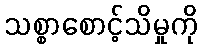
သစ္စာစောင့်သိမှုကို